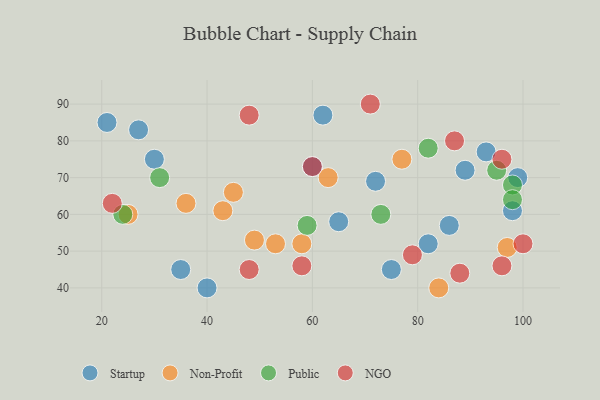
{"axis": {"x": "GDP", "y": "Life Expectancy"}, "legend": ["NGO", "Non-Profit", "Public", "Startup"], "data": [{"x": "72", "y": 69, "type": "Startup"}, {"x": "75", "y": 45, "type": "Startup"}, {"x": "60", "y": 73, "type": "Startup"}, {"x": "86", "y": 57, "type": "Startup"}, {"x": "89", "y": 72, "type": "Startup"}, {"x": "65", "y": 58, "type": "Startup"}, {"x": "82", "y": 52, "type": "Startup"}, {"x": "35", "y": 45, "type": "Startup"}, {"x": "40", "y": 40, "type": "Startup"}, {"x": "21", "y": 85, "type": "Startup"}, {"x": "27", "y": 83, "type": "Startup"}, {"x": "30", "y": 75, "type": "Startup"}, {"x": "98", "y": 61, "type": "Startup"}, {"x": "99", "y": 70, "type": "Startup"}, {"x": "62", "y": 87, "type": "Startup"}, {"x": "93", "y": 77, "type": "Startup"}, {"x": "58", "y": 52, "type": "Non-Profit"}, {"x": "77", "y": 75, "type": "Non-Profit"}, {"x": "53", "y": 52, "type": "Non-Profit"}, {"x": "63", "y": 70, "type": "Non-Profit"}, {"x": "36", "y": 63, "type": "Non-Profit"}, {"x": "84", "y": 40, "type": "Non-Profit"}, {"x": "43", "y": 61, "type": "Non-Profit"}, {"x": "25", "y": 60, "type": "Non-Profit"}, {"x": "45", "y": 66, "type": "Non-Profit"}, {"x": "49", "y": 53, "type": "Non-Profit"}, {"x": "97", "y": 51, "type": "Non-Profit"}, {"x": "59", "y": 57, "type": "Public"}, {"x": "98", "y": 68, "type": "Public"}, {"x": "95", "y": 72, "type": "Public"}, {"x": "24", "y": 60, "type": "Public"}, {"x": "31", "y": 70, "type": "Public"}, {"x": "73", "y": 60, "type": "Public"}, {"x": "98", "y": 64, "type": "Public"}, {"x": "82", "y": 78, "type": "Public"}, {"x": "88", "y": 44, "type": "NGO"}, {"x": "48", "y": 87, "type": "NGO"}, {"x": "96", "y": 75, "type": "NGO"}, {"x": "79", "y": 49, "type": "NGO"}, {"x": "60", "y": 73, "type": "NGO"}, {"x": "96", "y": 46, "type": "NGO"}, {"x": "87", "y": 80, "type": "NGO"}, {"x": "100", "y": 52, "type": "NGO"}, {"x": "48", "y": 45, "type": "NGO"}, {"x": "58", "y": 46, "type": "NGO"}, {"x": "71", "y": 90, "type": "NGO"}, {"x": "22", "y": 63, "type": "NGO"}]}